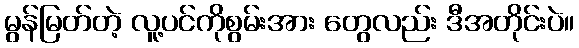
မွန်မြတ်တဲ့ လူ့ပင်ကိုစွမ်းအား တွေလည်း ဒီအတိုင်းပဲ။